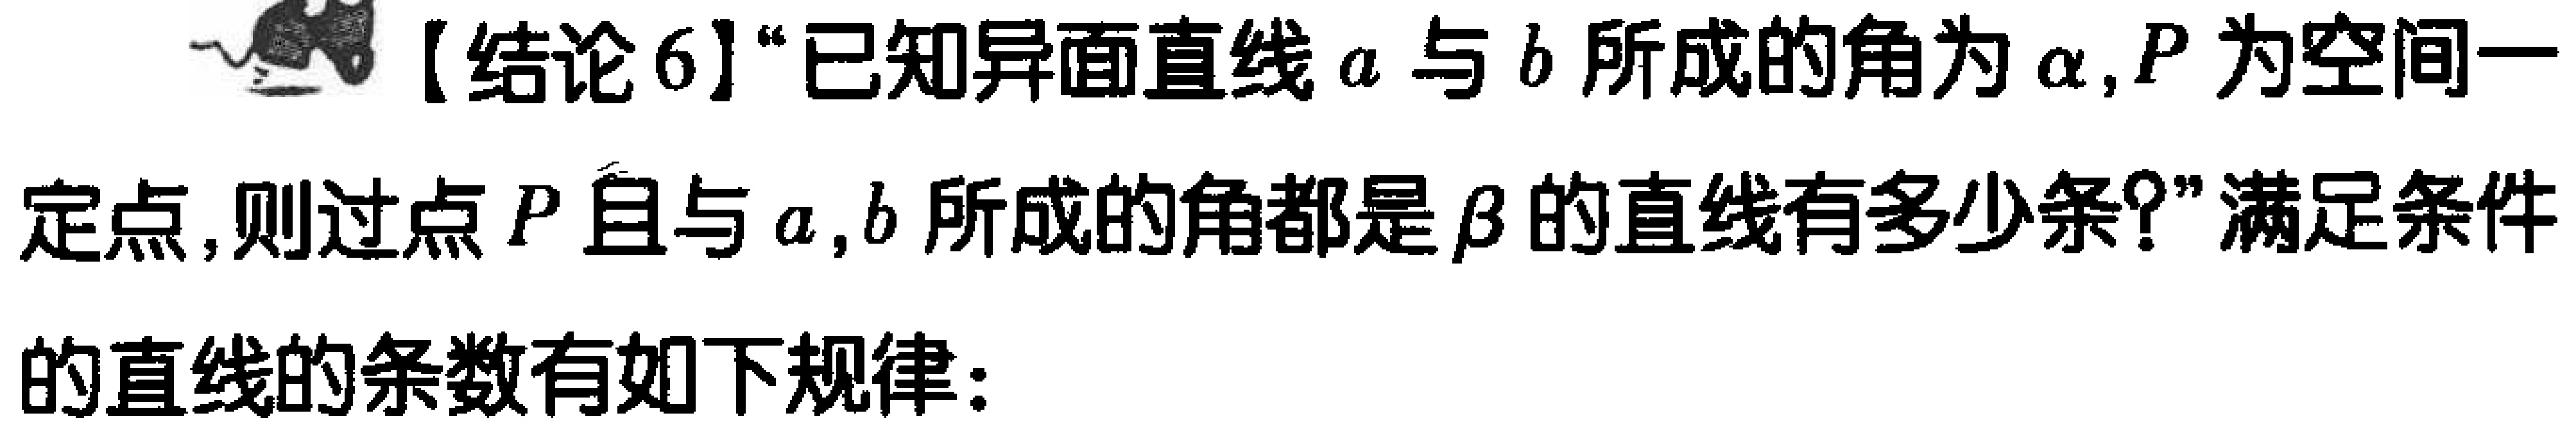
【结论6】“已知异面直线\(a\)与\(b\)所成的角为\(\alpha\)，\(P\)为空间一定点，则过点\(P\)且与\(a,b\)所成的角都是\(\beta\)的直线有多少条？”满足条件的直线的条数有如下规律：